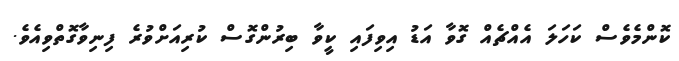
ކޮންމެވެސް ކަހަލަ އެއްޗެއް ގޮވާ އަޑު އިވިފައި ކީވާ ބިރުންގޮސް ކުރިއަށްވުރެ ފިނިވާގޮތްވިއެވެ.